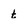
Character: t